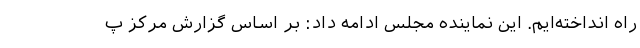
راه انداخته‌ایم. این نماینده مجلس ادامه داد: بر اساس گزارش مرکز پ